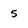
Character: 5